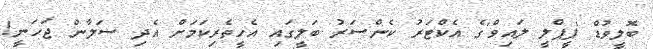
ބޮލީވުޑް 'ޕީޕްލީ ލައިވް'ގެ އެކްޓަރު ކެންސަރު ބަލީގައި އެހީތެރިކަމަށް އެދި ސަލާން ޖަހަނީ!